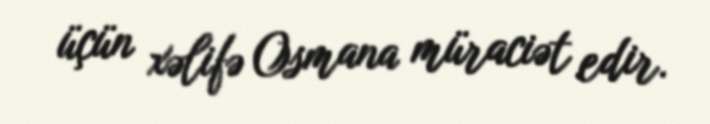
üçün xəlifə Osmana müraciət edir.